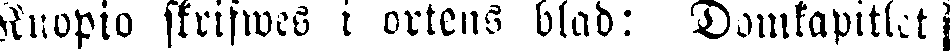
Kuopto skrifwes i ortens blad: Domkapitlet